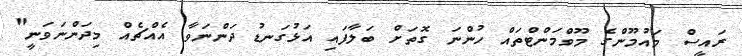
ރައީސް މައުމޫންގެ މޫވްމަންޓްތައް ހުންނަ ގޮތަށް ބަލާފައި އަޅުގަނޑު ދަންނަވާ އެއްޗެއް މިދަންނަވަނީ"